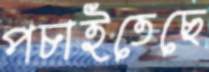
পচাইতেছে